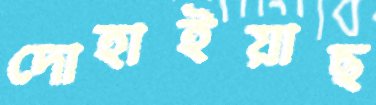
দোহাইয়াছ